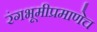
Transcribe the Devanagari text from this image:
रंगभूमीप्रमाणेच